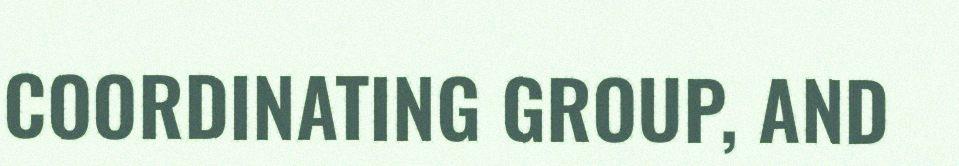
COORDINATING GROUP, AND